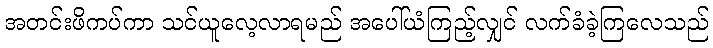
အတင်းဖိကပ်ကာ သင်ယူလေ့လာရမည် အပေါ်ယံကြည့်လျှင် လက်ခံခဲ့ကြလေသည်